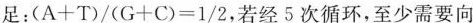
足：$$(A+T)/(G+C)=1/2$$，若经5次循环，至少需要向